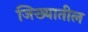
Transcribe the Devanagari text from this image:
जिख्यातील